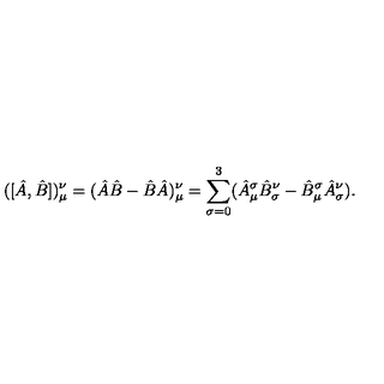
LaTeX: ( [ \hat { A } , \hat { B } ] ) _ { \mu } ^ { \nu } = ( \hat { A } \hat { B } - \hat { B } \hat { A } ) _ { \mu } ^ { \nu } = \sum _ { \sigma = 0 } ^ { 3 } ( \hat { A } _ { \mu } ^ { \sigma } \hat { B } _ { \sigma } ^ { \nu } - \hat { B } _ { \mu } ^ { \sigma } \hat { A } _ { \sigma } ^ { \nu } ) .